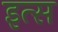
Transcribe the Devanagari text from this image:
इत्स